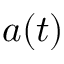
a ( t )